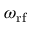
\omega _ { \mathrm { r f } }